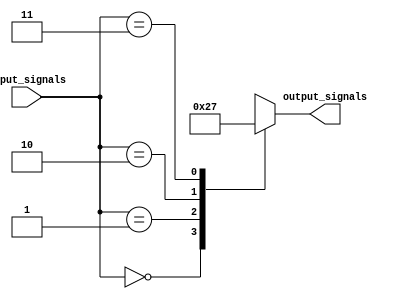
module full_case_statement (
    input [1:0] input_signals,
    output reg [1:0] output_signals
);

always @(*) begin
    case(input_signals)
        2'b00: output_signals = 2'b00;
        2'b01: output_signals = 2'b10;
        2'b10: output_signals = 2'b01;
        2'b11: output_signals = 2'b11;
        default: output_signals = 2'b00;
    endcase
end

endmodule